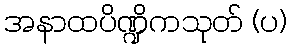
အနာထပိဏ္ဍိကသုတ် (ပ)